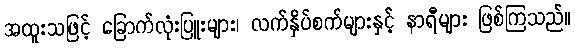
အထူးသဖြင့် ခြောက်လုံးပြူးများ၊ လက်နှိပ်စက်များနှင့် နာရီများ ဖြစ်ကြသည်။